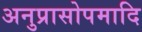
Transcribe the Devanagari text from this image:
अनुप्रासोपमादि